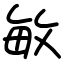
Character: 敏